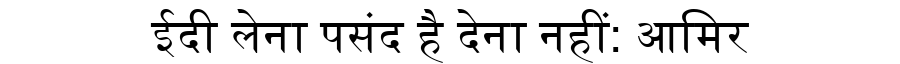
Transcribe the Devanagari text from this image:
ईदी लेना पसंद है देना नहीं: आमिर